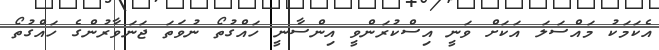
އެކަމަކު މައްސަލަ އަކަށް ވަނީ އިސްކުރަންވީ އިންސާނީ ހައްގުތޯ ނުވަތަ ޖަނަވާރުންގެ ހައްގުތޯ